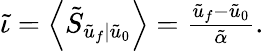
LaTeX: \begin{array}{r}{\tilde{\iota}=\left\langle\tilde{S}_{\tilde{u}_{f}|\tilde{u}_{0}}\right\rangle=\frac{\tilde{u}_{f}-\tilde{u}_{0}}{\tilde{\alpha}}.}\end{array}